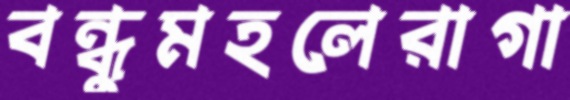
বন্ধুমহলেরাগা